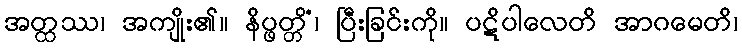
အတ္ထဿ၊ အကျိုး၏။ နိပ္ဖတ္တိံ၊ ပြီးခြင်းကို။ ပဋိပါလေတိ အာဂမေတိ၊